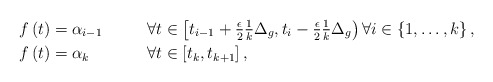
\begin{align*}f \left( t \right) &= \alpha_{i-1} & &\, \forall t \in \left[ t_{i-1} + \tfrac{\epsilon}{2} \tfrac{1}{k} \Delta_{g} , t_{i} - \tfrac{\epsilon}{2} \tfrac{1}{k} \Delta_{g} \right) \forall i \in \left\lbrace 1 , \ldots , k \right\rbrace,\\f \left( t \right) &= \alpha_{k} & &\, \forall t \in \left[ t_{k} , t_{k+1} \right],\end{align*}